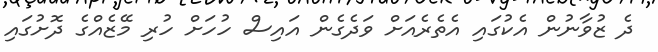
ދެ ޒުވާނުން އެކުގައި އެތެރެއަށް ވަދެގެން އައިސް ހުހަށް ހުރި މޭޒެއްގެ ދޮށުގައި